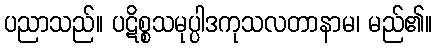
ပညာသည်။ ပဋိစ္စသမုပ္ပါဒကုသလတာနာမ၊ မည်၏။